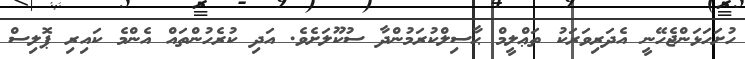
ހުށަހަޅަންޖެހޭނީ އެދަރިވަރަކު ތަޢްލީމް ޙާސިލްކުރަމުންދާ ސުކޫލަށެވެ. އަދި ކުރެހުންތައް އެންމެ ކައިރި ޕޮލިސް